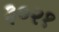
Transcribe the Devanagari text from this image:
३०२१